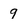
Character: 9